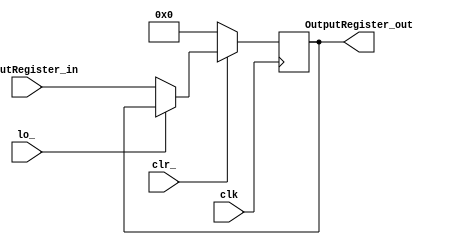
module OutputRegister(
	output reg [7:0] OutputRegister_out,
	input [7:0] OutputRegister_in,
	input lo_,
	input clk,
	input clr_
	);

	always @(posedge clk)
		if(~clr_) OutputRegister_out <= 8'b0;
		else if(~lo_) OutputRegister_out <= OutputRegister_in;

endmodule